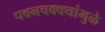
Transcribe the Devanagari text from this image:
पवनचक्‍क्‍यांमुळे